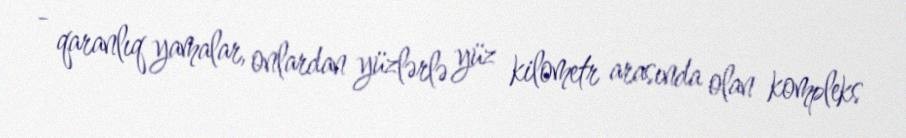
- qaranlıq yamalar, onlardan yüzlərlə yüz kilometr arasında olan kompleks